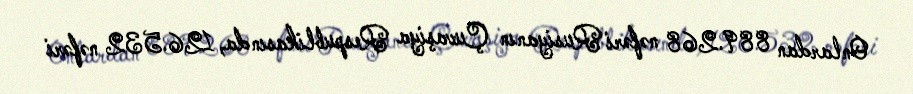
Onlardan 889.268 nəfəri Rusiyanın Çuvaşiya Respublikasında, 126.532 nəfəri